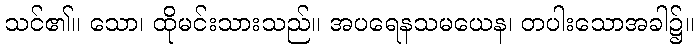
သင်၏။ သော၊ ထိုမင်းသားသည်။ အပရေနသမယေန၊ တပါးသောအခါ၌။